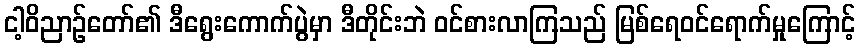
ငါ့ဝိညာဉ်တော်၏ ဒီရွေးကောက်ပွဲမှာ ဒီတိုင်းဘဲ ဝင်စားလာကြသည် မြစ်ရေဝင်ရောက်မှုကြောင့်